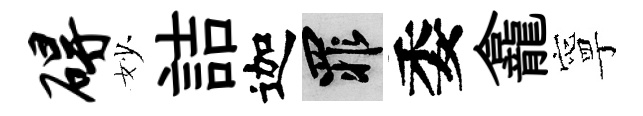
碍妙詰迦罪委龕寧